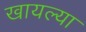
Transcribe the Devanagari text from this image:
खायल्या